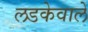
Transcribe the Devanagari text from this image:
लडकेवाले